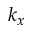
k _ { x }